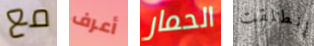
مع أعرف الحمار انطلقت